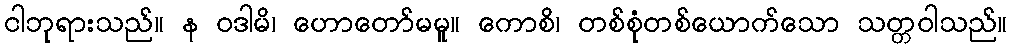
ငါဘုရားသည်။ န ဝဒါမိ၊ ဟောတော်မမူ။ ကောစိ၊ တစ်စုံတစ်ယောက်သော သတ္တဝါသည်။